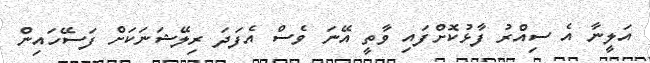
އަލީނާ އެ ސިއްރު ފާޅުކޮށްފައި ވާތީ އޭނަ ވެސް އެފަދަ ރިލޭޝަނަކަށް ފަސޭހައިން